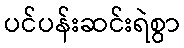
ပင်ပန်းဆင်းရဲစွာ